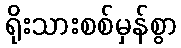
ရိုးသားစစ်မှန်စွာ